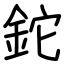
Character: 鉈